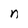
Character: n